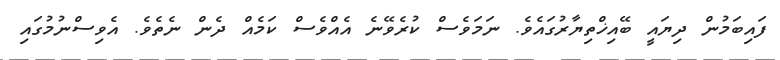
ފައިބަމުން ދިޔައީ ބޭއިޚްތިޔާރުގައެވެ. ނަމަވެސް ކުރެވޭނެ އެއްވެސް ކަމެއް ދެން ނެތެވެ. އެވިސްނުމުގައި